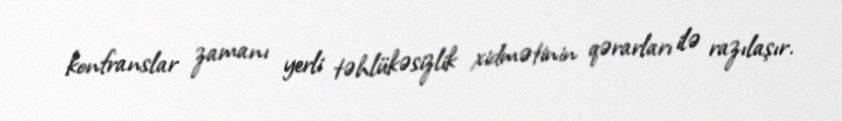
konfranslar zamanı yerli təhlükəsizlik xidmətinin qərarları ilə razılaşır.